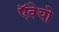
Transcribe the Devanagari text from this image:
ऍवेयो